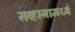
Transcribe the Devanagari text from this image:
सव्हानामध्ये